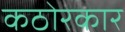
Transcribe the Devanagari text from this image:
कठोरकार